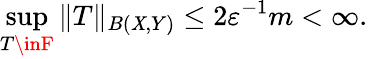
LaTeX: \sup_{T\inF}\| T\| _{B(\mathit{X},Y)}\leq2\varepsilon^{-1}m<\infty.